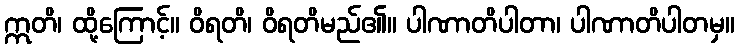
ဣတိ၊ ထို့ကြောင့်။ ဝိရတိ၊ ဝိရတိမည်၏။ ပါဏာတိပါတာ၊ ပါဏာတိပါတမှ။